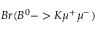
B r ( B ^ { 0 } - > K \mu ^ { + } \mu ^ { - } )